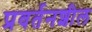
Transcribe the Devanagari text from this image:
प्रवर्तनशील